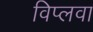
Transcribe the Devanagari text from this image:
विप्लवा